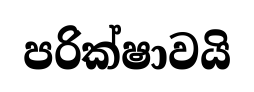
පරික්ෂාවයි